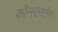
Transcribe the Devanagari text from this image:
कौन्स्टेनटीन